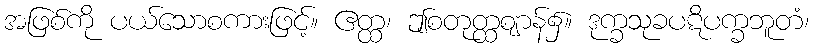
အဖြစ်ကို ပယ်သောစကားဖြင့်။ ဧတ္ထ၊ ဤစတုတ္ထဈာန်၌။ ဒုက္ခသုခပဋိပက္ခဘူတံ၊